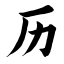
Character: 历